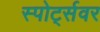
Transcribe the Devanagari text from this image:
स्पोर्ट्सवर